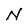
Character: N